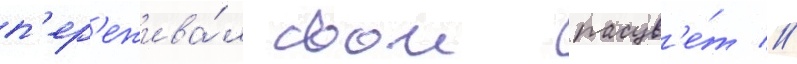
п'ер'ежива́л свои расцв'е́т //